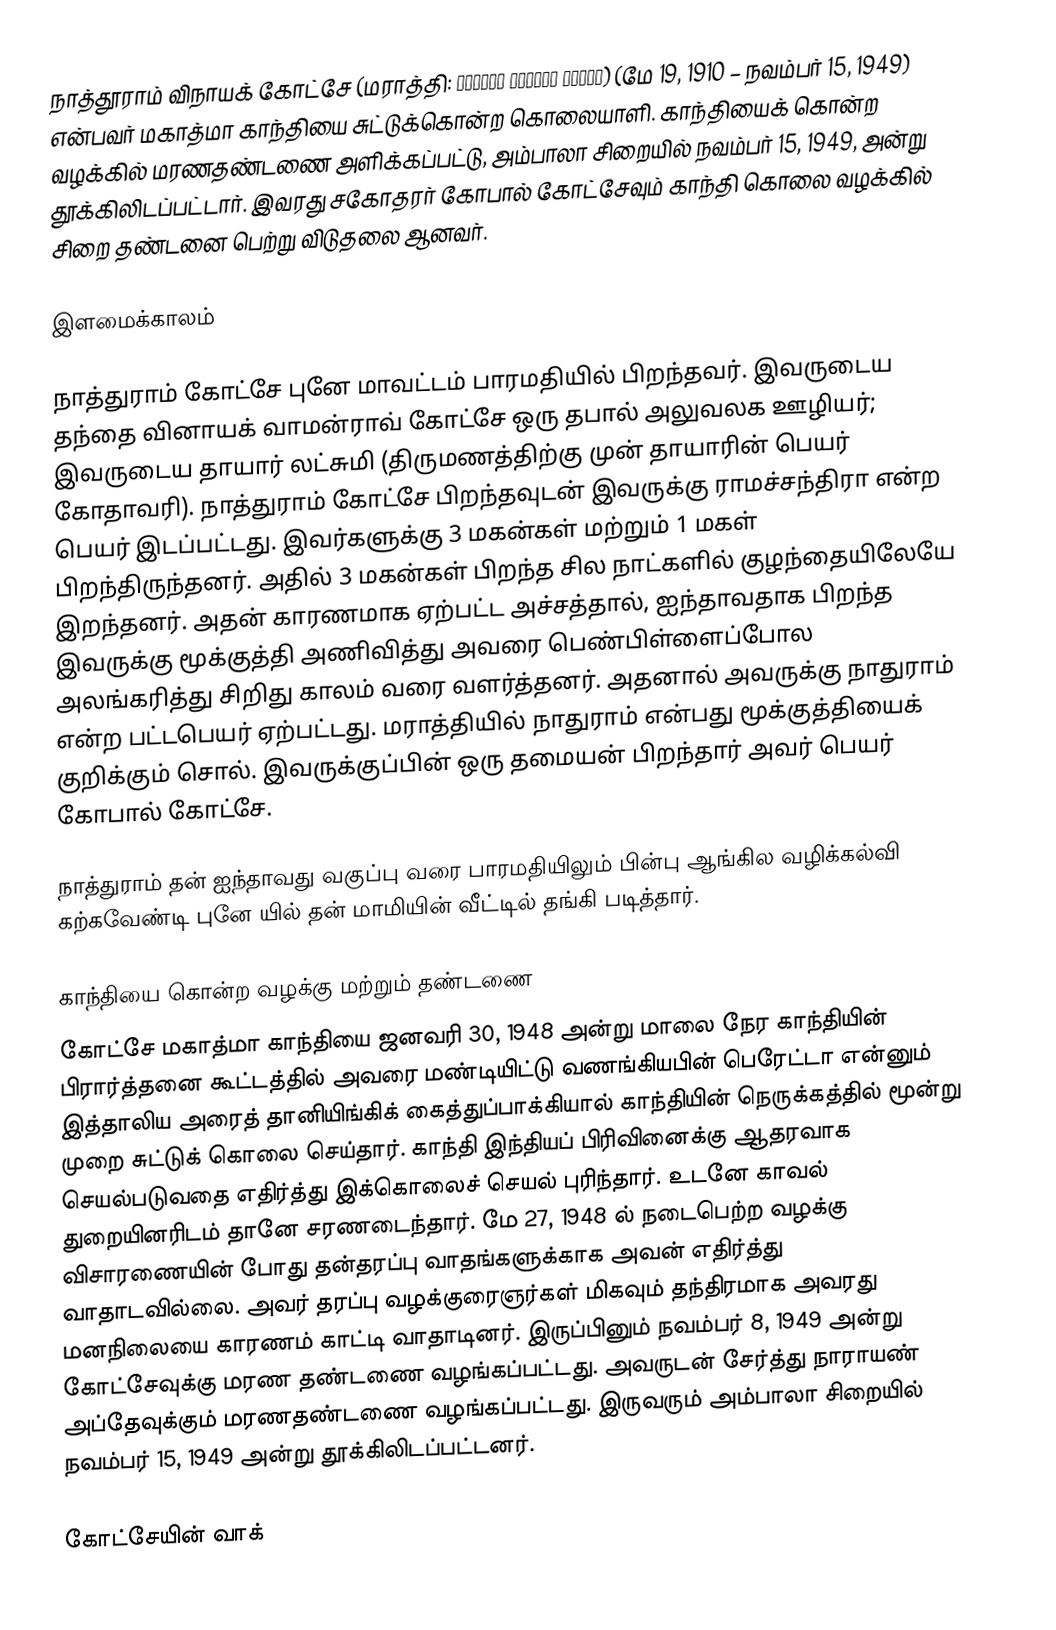
நாத்தூராம் விநாயக் கோட்சே (மராத்தி: नथूराम विनायक गोडसे) (மே 19, 1910 – நவம்பர் 15, 1949) என்பவர் மகாத்மா காந்தியை சுட்டுக்கொன்ற கொலையாளி. காந்தியைக் கொன்ற வழக்கில் மரணதண்டணை அளிக்கப்பட்டு, அம்பாலா சிறையில் நவம்பர் 15, 1949, அன்று தூக்கிலிடப்பட்டார். இவரது சகோதரர் கோபால் கோட்சேவும் காந்தி கொலை வழக்கில் சிறை தண்டனை பெற்று விடுதலை ஆனவர்.

இளமைக்காலம்

நாத்துராம் கோட்சே புனே மாவட்டம் பாரமதியில் பிறந்தவர். இவருடைய தந்தை வினாயக் வாமன்ராவ் கோட்சே ஒரு தபால் அலுவலக ஊழியர்; இவருடைய தாயார் லட்சுமி (திருமணத்திற்கு முன் தாயாரின் பெயர் கோதாவரி). நாத்துராம் கோட்சே பிறந்தவுடன் இவருக்கு ராமச்சந்திரா என்ற பெயர் இடப்பட்டது. இவர்களுக்கு 3 மகன்கள் மற்றும் 1 மகள் பிறந்திருந்தனர். அதில் 3 மகன்கள் பிறந்த சில நாட்களில் குழந்தையிலேயே இறந்தனர். அதன் காரணமாக ஏற்பட்ட அச்சத்தால், ஐந்தாவதாக பிறந்த இவருக்கு  மூக்குத்தி அணிவித்து அவரை பெண்பிள்ளைப்போல அலங்கரித்து சிறிது காலம் வரை வளர்த்தனர். அதனால் அவருக்கு நாதுராம் என்ற பட்டபெயர் ஏற்பட்டது. மராத்தியில் நாதுராம் என்பது மூக்குத்தியைக் குறிக்கும் சொல். இவருக்குப்பின் ஒரு தமையன் பிறந்தார் அவர் பெயர் கோபால் கோட்சே.

நாத்துராம் தன் ஐந்தாவது வகுப்பு வரை பாரமதியிலும் பின்பு ஆங்கில வழிக்கல்வி கற்கவேண்டி புனே யில் தன் மாமியின் வீட்டில் தங்கி படித்தார்.

காந்தியை கொன்ற வழக்கு மற்றும் தண்டணை
கோட்சே மகாத்மா காந்தியை ஜனவரி 30, 1948 அன்று மாலை நேர காந்தியின் பிரார்த்தனை கூட்டத்தில் அவரை மண்டியிட்டு வணங்கியபின் பெரேட்டா என்னும் இத்தாலிய அரைத் தானியிங்கிக் கைத்துப்பாக்கியால்  காந்தியின் நெருக்கத்தில் மூன்று முறை சுட்டுக் கொலை செய்தார். காந்தி இந்தியப் பிரிவினைக்கு ஆதரவாக செயல்படுவதை எதிர்த்து இக்கொலைச் செயல் புரிந்தார். உடனே  காவல் துறையினரிடம் தானே சரணடைந்தார். மே 27, 1948 ல் நடைபெற்ற வழக்கு விசாரணையின் போது தன்தரப்பு வாதங்களுக்காக அவன் எதிர்த்து வாதாடவில்லை. அவர் தரப்பு வழக்குரைஞர்கள் மிகவும் தந்திரமாக அவரது மனநிலையை காரணம் காட்டி வாதாடினர். இருப்பினும் நவம்பர் 8, 1949  அன்று கோட்சேவுக்கு மரண தண்டணை வழங்கப்பட்டது. அவருடன் சேர்த்து நாராயண் அப்தேவுக்கும் மரணதண்டணை வழங்கப்பட்டது. இருவரும் அம்பாலா சிறையில் நவம்பர் 15, 1949 அன்று தூக்கிலிடப்பட்டனர்.

கோட்சேயின் வாக்